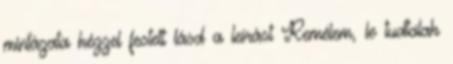
mintázata kézzel festett lásd a leírást Remélem, le tudtalak